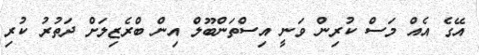
އޭގެ އެއް މަސް ކުރިން ވަނީ އިސްތަންބޫލް އިން ބްރެޒިލަށް ދަތުުރު ކުރި